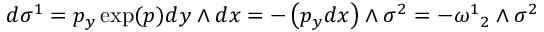
d \sigma ^ { 1 } = p _ { y } \exp ( p ) d y \wedge d x = - \left( p _ { y } d x \right) \wedge \sigma ^ { 2 } = - { \omega ^ { 1 } } _ { 2 } \wedge \sigma ^ { 2 }